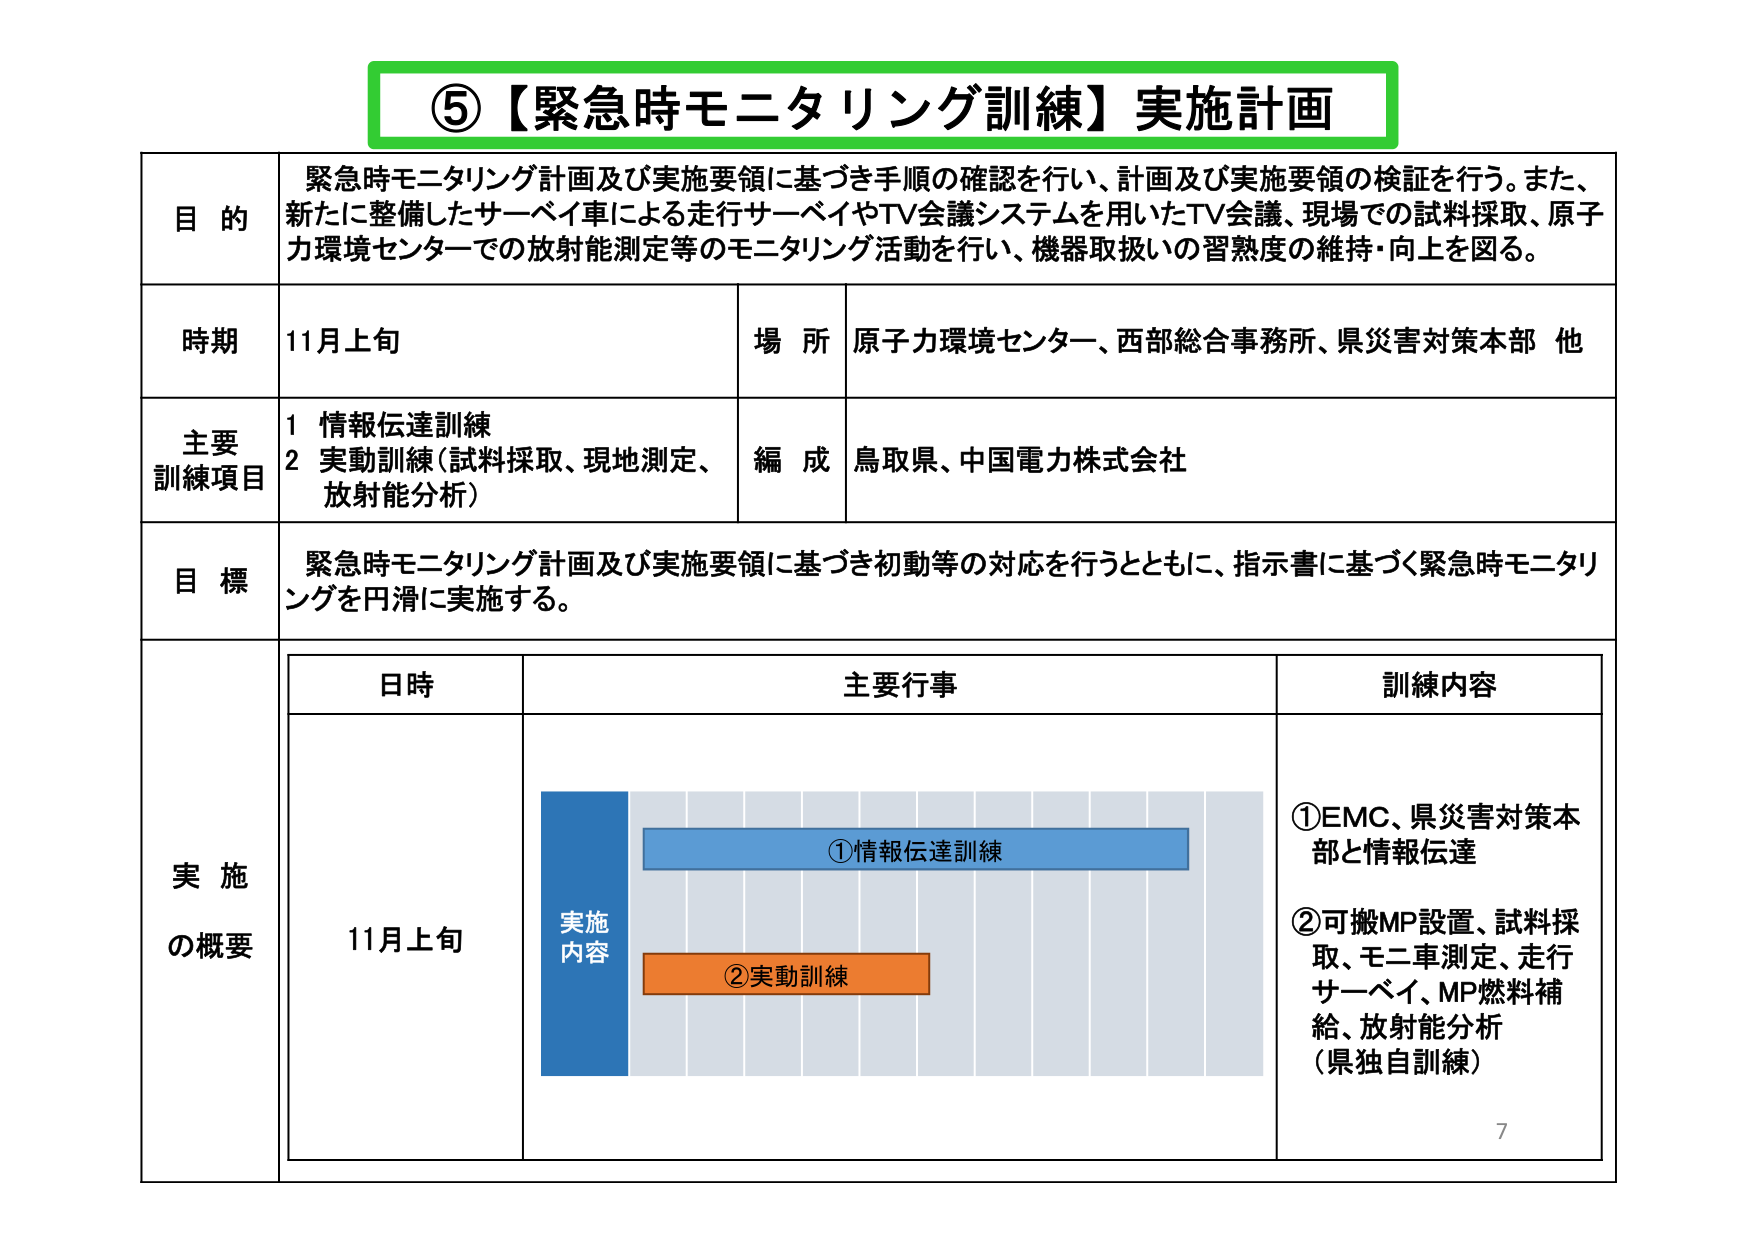
⑤【緊急時モニタリング訓練】実施計画

目的
緊急時モニタリング計画及び実施要領に基づき手順の確認を行い、計画及び実施要領の検証を行う。また、新たに整備したサーベイ車による走行サーベイやTV会議システムを用いたTV会議、現場での試料採取、原子力環境センターでの放射能測定等のモニタリング活動を行い、機器取扱いの習熟度の維持・向上を図る。

時期
11月上旬

場所
原子力環境センター、西部総合事務所、県災害対策本部 他

主要訓練項目
1 情報伝達訓練
2 実動訓練（試料採取、現地測定、放射能分析）

編成
鳥取県、中国電力株式会社

目標
緊急時モニタリング計画及び実施要領に基づき初動等の対応を行うとともに、指示書に基づく緊急時モニタリングを円滑に実施する。

実施の概要

日時
11月上旬

主要行事
①情報伝達訓練
②実動訓練

訓練内容
①EMC、県災害対策本部と情報伝達
②可搬MP設置、試料採取、モニ車測定、走行サーベイ、MP燃料補給、放射能分析（県独自訓練）

7